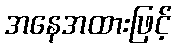
အနေအထားဖြင့်